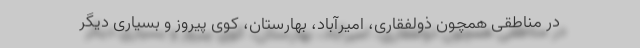
در مناطقی همچون ذولفقاری، امیرآباد، بهارستان، کوی پیروز و بسیاری دیگر